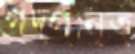
গদ্গানৃত্